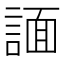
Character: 𧩤